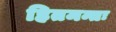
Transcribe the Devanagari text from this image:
हितमन्तः